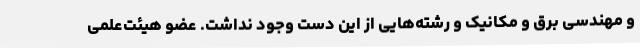
و مهندسی برق و مکانیک و رشته‌هایی از این دست وجود نداشت. عضو هیئت‌علمی